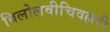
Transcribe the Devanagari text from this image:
विलोलवीचिवल्लरी